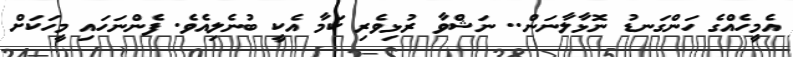
އެމީހެއްގެ ހަންގަނޑު ނޮޅާލާނަން.. ނަޝްވާ ރުޅިވެރި ކަމާ އެކީ ބުނެލިއެވެ. ފެންނަހައި މީހަކަށް